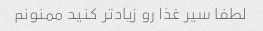
لطفا سیر غذا رو زیادتر کنید ممنونم